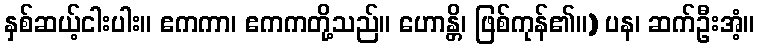
နှစ်ဆယ့်ငါးပါး။ ဧကကာ၊ ဧကကတို့သည်။ ဟောန္တိ၊ ဖြစ်ကုန်၏။) ပန၊ ဆက်ဦးအံ့။